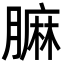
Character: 𦟟